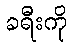
ခရီးကို